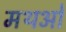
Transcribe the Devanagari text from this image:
मथओ